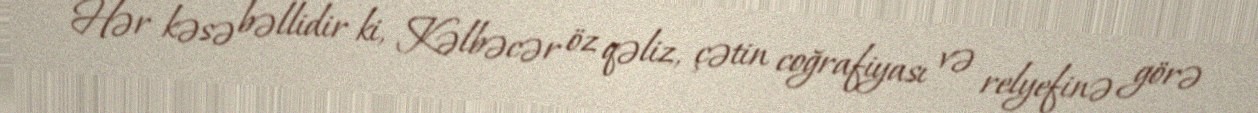
Hər kəsə bəllidir ki, Kəlbəcər öz qəliz, çətin coğrafiyası və relyefinə görə